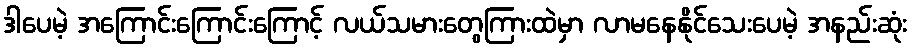
ဒါပေမဲ့ အကြောင်းကြောင်းကြောင့် လယ်သမားတွေကြားထဲမှာ လာမနေနိုင်သေးပေမဲ့ အနည်းဆုံး